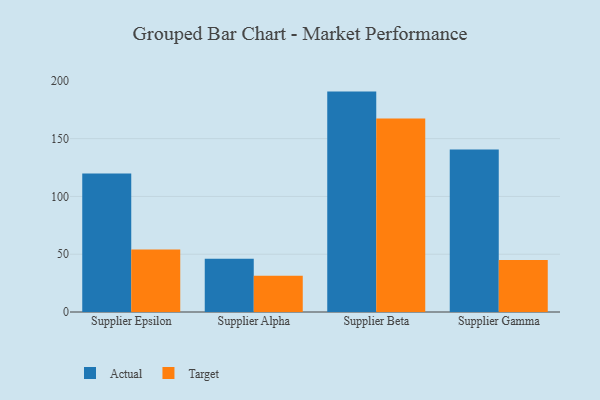
{"axis": {"x": "Supplier", "y": "Satisfaction Score"}, "legend": ["Actual", "Target"], "data": [{"x": "Supplier Epsilon", "y": 119.9, "type": "Actual"}, {"x": "Supplier Epsilon", "y": 54.0, "type": "Target"}, {"x": "Supplier Alpha", "y": 46.0, "type": "Actual"}, {"x": "Supplier Alpha", "y": 31.3, "type": "Target"}, {"x": "Supplier Beta", "y": 190.7, "type": "Actual"}, {"x": "Supplier Beta", "y": 167.5, "type": "Target"}, {"x": "Supplier Gamma", "y": 140.7, "type": "Actual"}, {"x": "Supplier Gamma", "y": 45.0, "type": "Target"}]}